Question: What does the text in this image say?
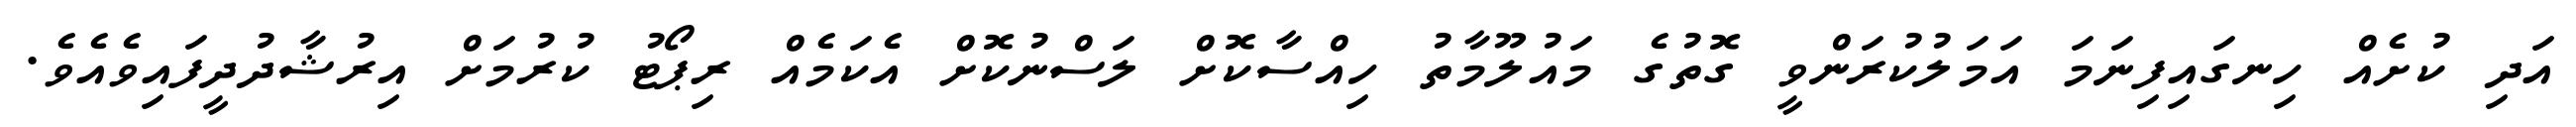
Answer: އަދި ކުށެއް ހިނގައިފިނަމަ އަމަލުކުރަންވީ ގޮތުގެ މައުލޫމާތު ހިއްސާކޮށް ލަސްނުކޮށް އެކަމެއް ރިޕޯޓު ކުރުމަށް އިރުޝާދުދީފައިވެއެވެ.